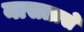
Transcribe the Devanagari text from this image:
नासतासे